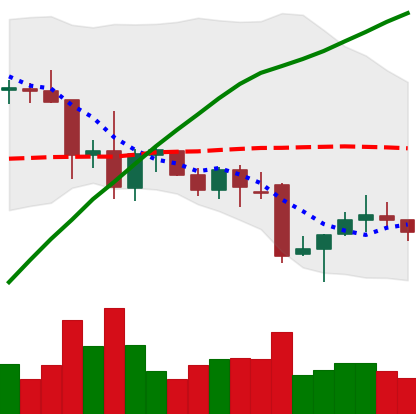
Ticker: XRP-USD
Chart end date: 2021-12-02
Forward return: -15.81%
Label: down_7plus